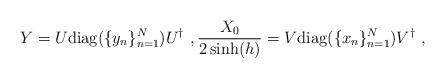
LaTeX: \begin{align*}Y=U\mathrm{diag}(\{y_n\}_{n=1}^N)U^{\dagger}\ , \frac{X_0}{2\sinh(h)}=V\mathrm{diag}(\{x_n\}_{n=1}^N)V^{\dagger}\ ,\end{align*}